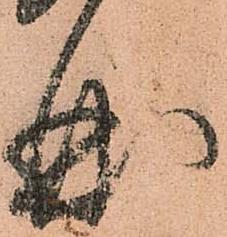
曲